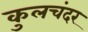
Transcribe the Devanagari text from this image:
कुलचंदर